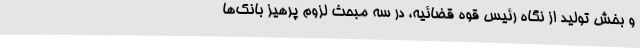
و بخش تولید از نگاه رئیس قوه قضائیه، در سه مبحث لزوم پرهیز بانک‌ها